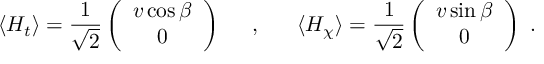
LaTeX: \langle H _ { t } \rangle = \frac { 1 } { \sqrt { 2 } } \left( \begin{array} { c } { { v \cos \beta } } \\ { { 0 } } \end{array} \right) \; \; \; \; \; , \; \; \; \; \; \; \langle H _ { \chi } \rangle = \frac { 1 } { \sqrt { 2 } } \left( \begin{array} { c } { { v \sin \beta } } \\ { { 0 } } \end{array} \right) ~ .